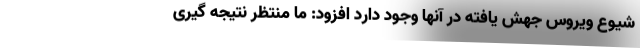
شیوع ویروس جهش یافته در آنها وجود دارد افزود: ما منتظر نتیجه گیری